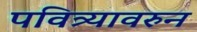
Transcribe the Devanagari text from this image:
पवित्र्यावरुन